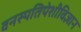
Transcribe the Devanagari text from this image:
वनस्पतिपेशीविज्ञान